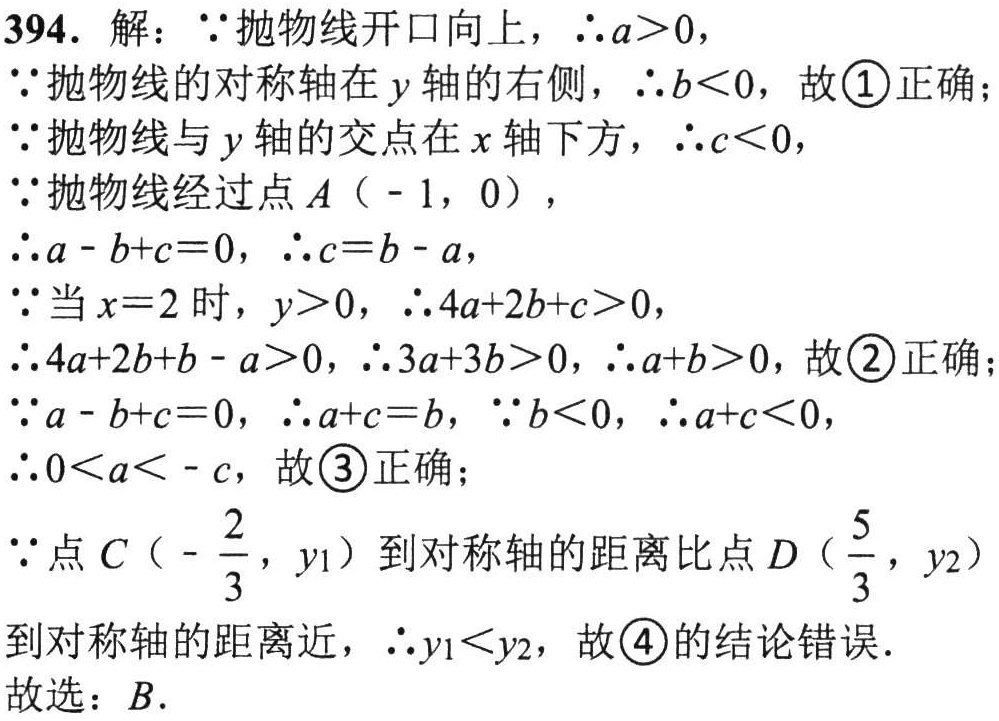
394. 解：\(\because\)抛物线开口向上，\(\therefore a > 0\)，
\(\because\)抛物线的对称轴在\(y\)轴的右侧，\(\therefore b < 0\)，故\textcircled{1}正确；
\(\because\)抛物线与\(y\)轴的交点在\(x\)轴下方，\(\therefore c < 0\)，
\(\because\)抛物线经过点\(A(-1,0)\)，
\(\therefore a - b + c = 0\)，\(\therefore c = b - a\)，
\(\because\)当\(x = 2\)时，\(y>0\)，\(\therefore 4a + 2b + c>0\)，
\(\therefore 4a + 2b + b - a>0\)，\(\therefore 3a + 3b>0\)，\(\therefore a + b>0\)，故\textcircled{2}正确；
\(\because a - b + c = 0\)，\(\therefore a + c = b\)，\(\because b < 0\)，\(\therefore a + c < 0\)，
\(\therefore 0 < a < -c\)，故\textcircled{3}正确；
\(\because\)点\(C\left(-\dfrac{2}{3},y_{1}\right)\)到对称轴的距离比点\(D\left(\dfrac{5}{3},y_{2}\right)\)到对称轴的距离近，\(\therefore y_{1} < y_{2}\)，故\textcircled{4}的结论错误.
故选：\(B\).